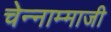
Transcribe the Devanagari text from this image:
चेन्‍नाम्‍माजी